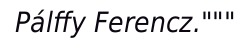
Pálffy Ferencz."""